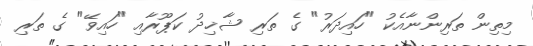
މިތިން ތަރިންނާއެކު "ހައިދަރު" ގެ ތަރި ޝާޚިދު ކަޕޫރާއި "ހައިވޭ" ގެ ތަރި